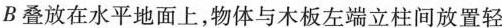
B叠放在水平地面上，物体与木板左端立柱间放置轻